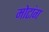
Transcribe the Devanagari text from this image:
मोटांग